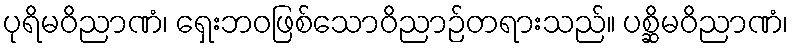
ပုရိမဝိညာဏံ၊ ရှေးဘဝဖြစ်သောဝိညာဉ်တရားသည်။ ပစ္ဆိမဝိညာဏံ၊